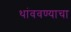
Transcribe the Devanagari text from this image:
थांववण्याचा